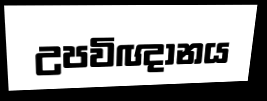
උපවිඥානය